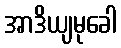
အာဒိယျမုခေါ